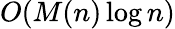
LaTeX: O(M(n)\log n)